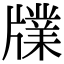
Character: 㸣